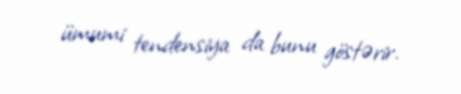
ümumi tendensiya da bunu göstərir.